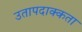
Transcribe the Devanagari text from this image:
उतापदाक्कता